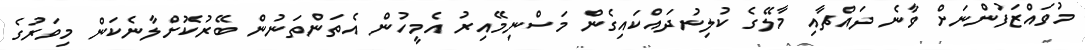
މުވައްޒަފުންނަށް ވާނެ ދައްޗާއި މާލޭގެ ކުލިނުދައްކައިގެން މަސްނިމޭއިރު އެމީހުން އެތަންތަނުން ބޭރުކޮށްލާނެކަން މިވަރުގެ